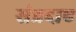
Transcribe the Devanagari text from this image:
संप्रदाए